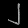
Digit: ၂